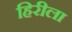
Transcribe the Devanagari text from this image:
हिरीला